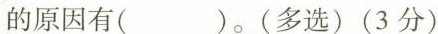
的原因又()。(多选)(3分)